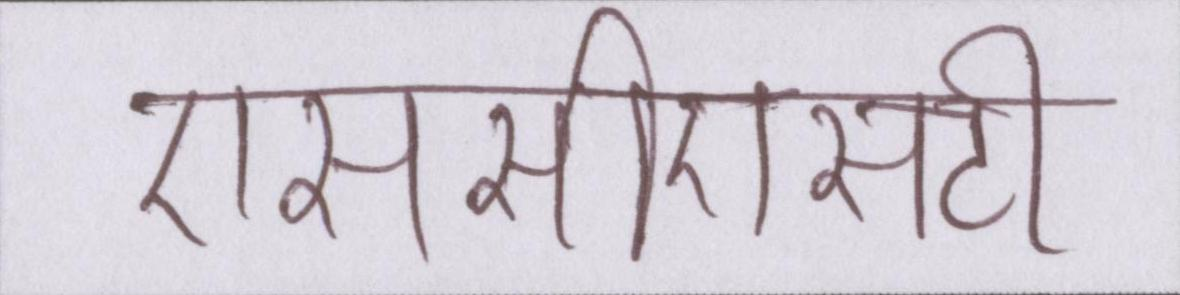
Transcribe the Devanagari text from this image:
एससीएसटी